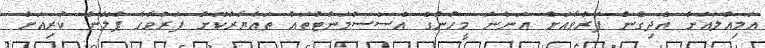
އަމިއްލައަށް އެދިގެން ފަރުވާއަށް އަންނަ މީހުންގެ އެސެސްމަންޓްތައް ތައްޔާރުކޮށް ފަރުވާގެ ޕްލޭން ކުރިއަށް